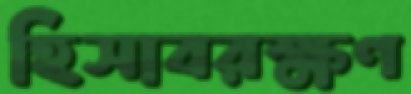
হিসাবরক্ষণ